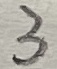
Text: 3